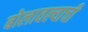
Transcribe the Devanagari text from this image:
बोलावल्याची